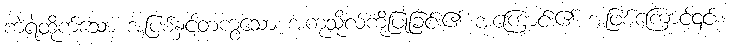
ကဲ့ရဲ့ထိုက်သော အပြစ်နှင့်တကွသော အကုသိုလ်ကိုပြုခြင်း၏ အကြောင်း၏ အဖြစ်ကြောင့်၎င်း။